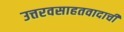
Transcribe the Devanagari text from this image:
उत्तरवसाहतवादाची